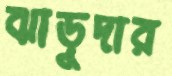
ঝাড়ুদার